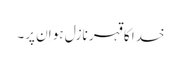
خدا کا قہر نازل ہو اِن پر۔